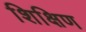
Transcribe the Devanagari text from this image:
शिक्षिण